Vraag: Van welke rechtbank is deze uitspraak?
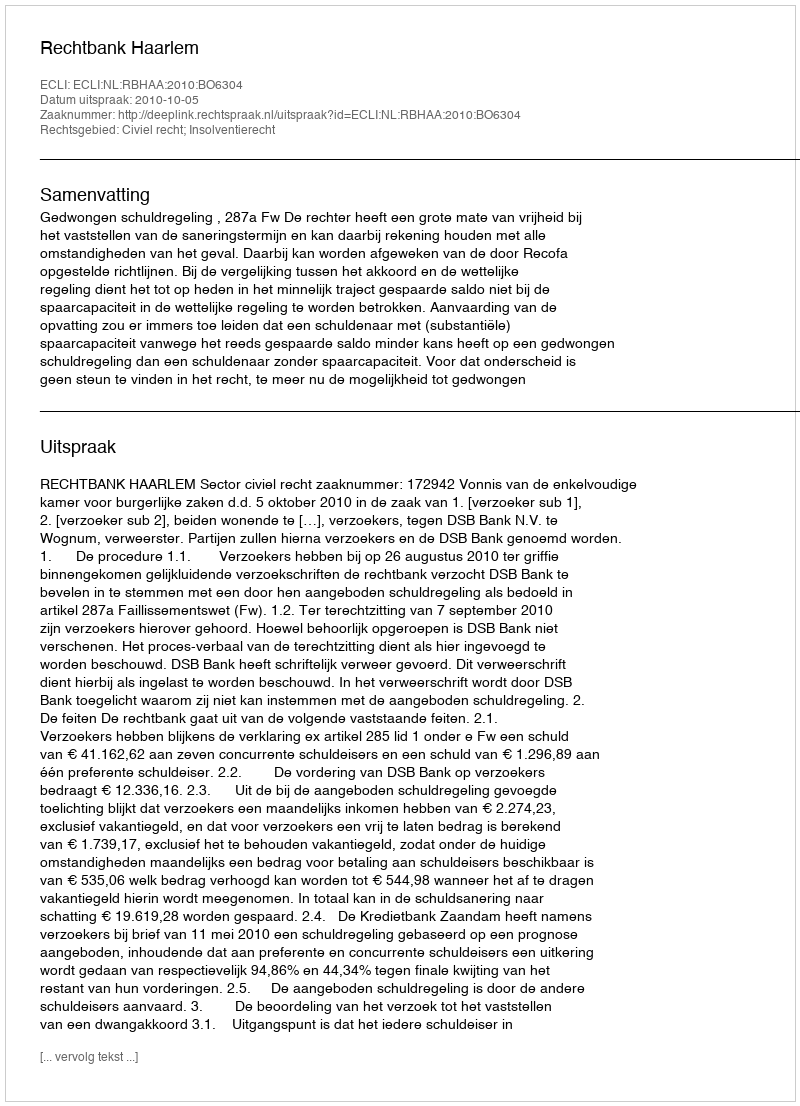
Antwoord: Rechtbank Haarlem